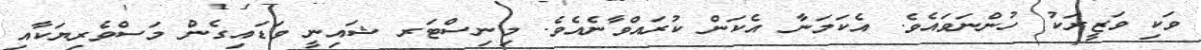
ވަކި ވަޒީރަކު ހުންނަވައެވެ. އެކަމަނާ އެކަން ކުރައްވާނެއެވެ. މިނިސްޓަރ ޝައިނީ ވަޑައިގެން މަސްވެރިޔަކާއި